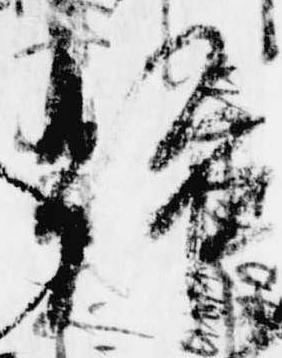
強